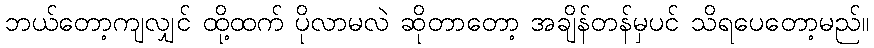
ဘယ်တော့ကျလျှင် ထို့ထက် ပိုလာမလဲ ဆိုတာတော့ အချိန်တန်မှပင် သိရပေတော့မည်။